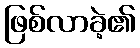
ဖြစ်လာခဲ့၏